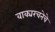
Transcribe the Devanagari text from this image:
वाक्यरचनेचे